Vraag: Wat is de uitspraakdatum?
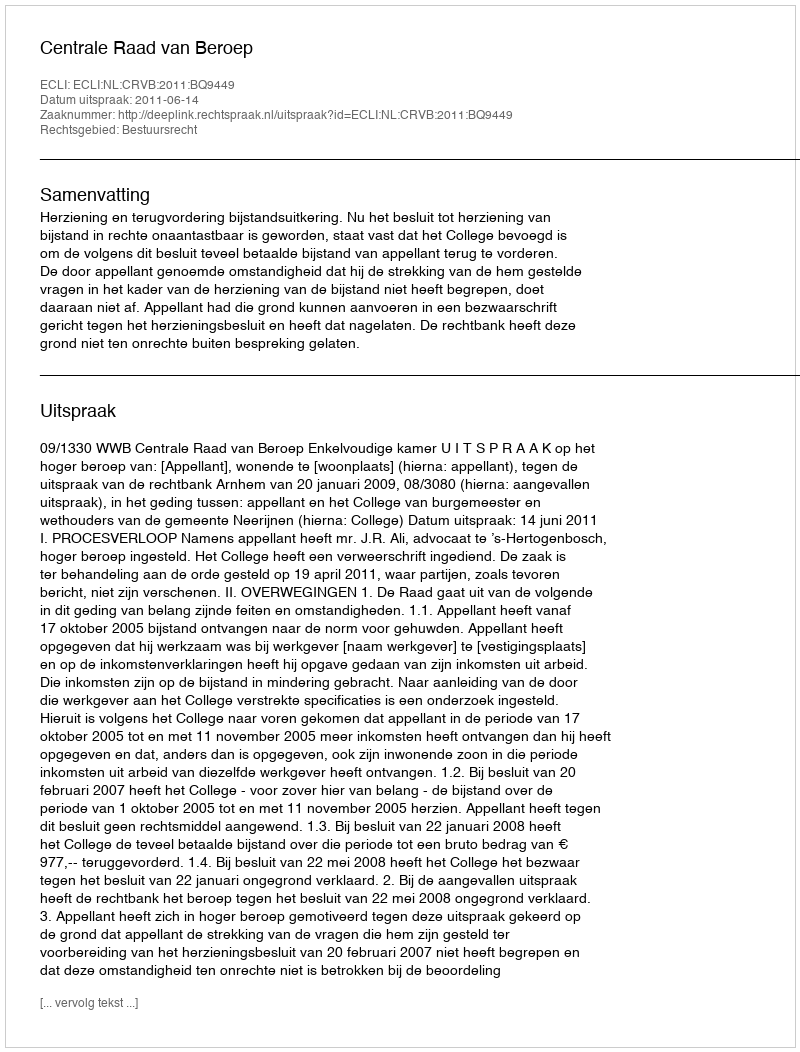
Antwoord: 2011-06-14